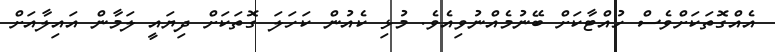
އެއްގޮތަކަށްވެސް ހުއްޓާކަށް ބޭނުމެއްނުވިއެވެ. މުޅި ކެއުން ކަހަލަ ގޮތަކަށް ދިޔައީ ލަމާން އައިލާއަށް